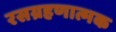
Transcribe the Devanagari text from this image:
रसग्रहणात्मक